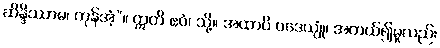
ဆိန္ဒိဿာမ၊ ကုန်အံ့”။ ဣတိ ဧဝံ၊ သို့။ အထာပိ ဝဒေယျုံ၊ အကယ်၍မူလည်း